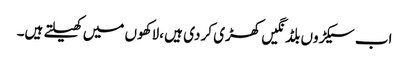
اب سیکڑوں بلڈنگیں کھڑی کر دی ہیں ،لاکھوں میں کھیلتے ہیں۔